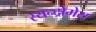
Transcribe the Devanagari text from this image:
स्यन्द्रोमेस